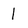
Character: l